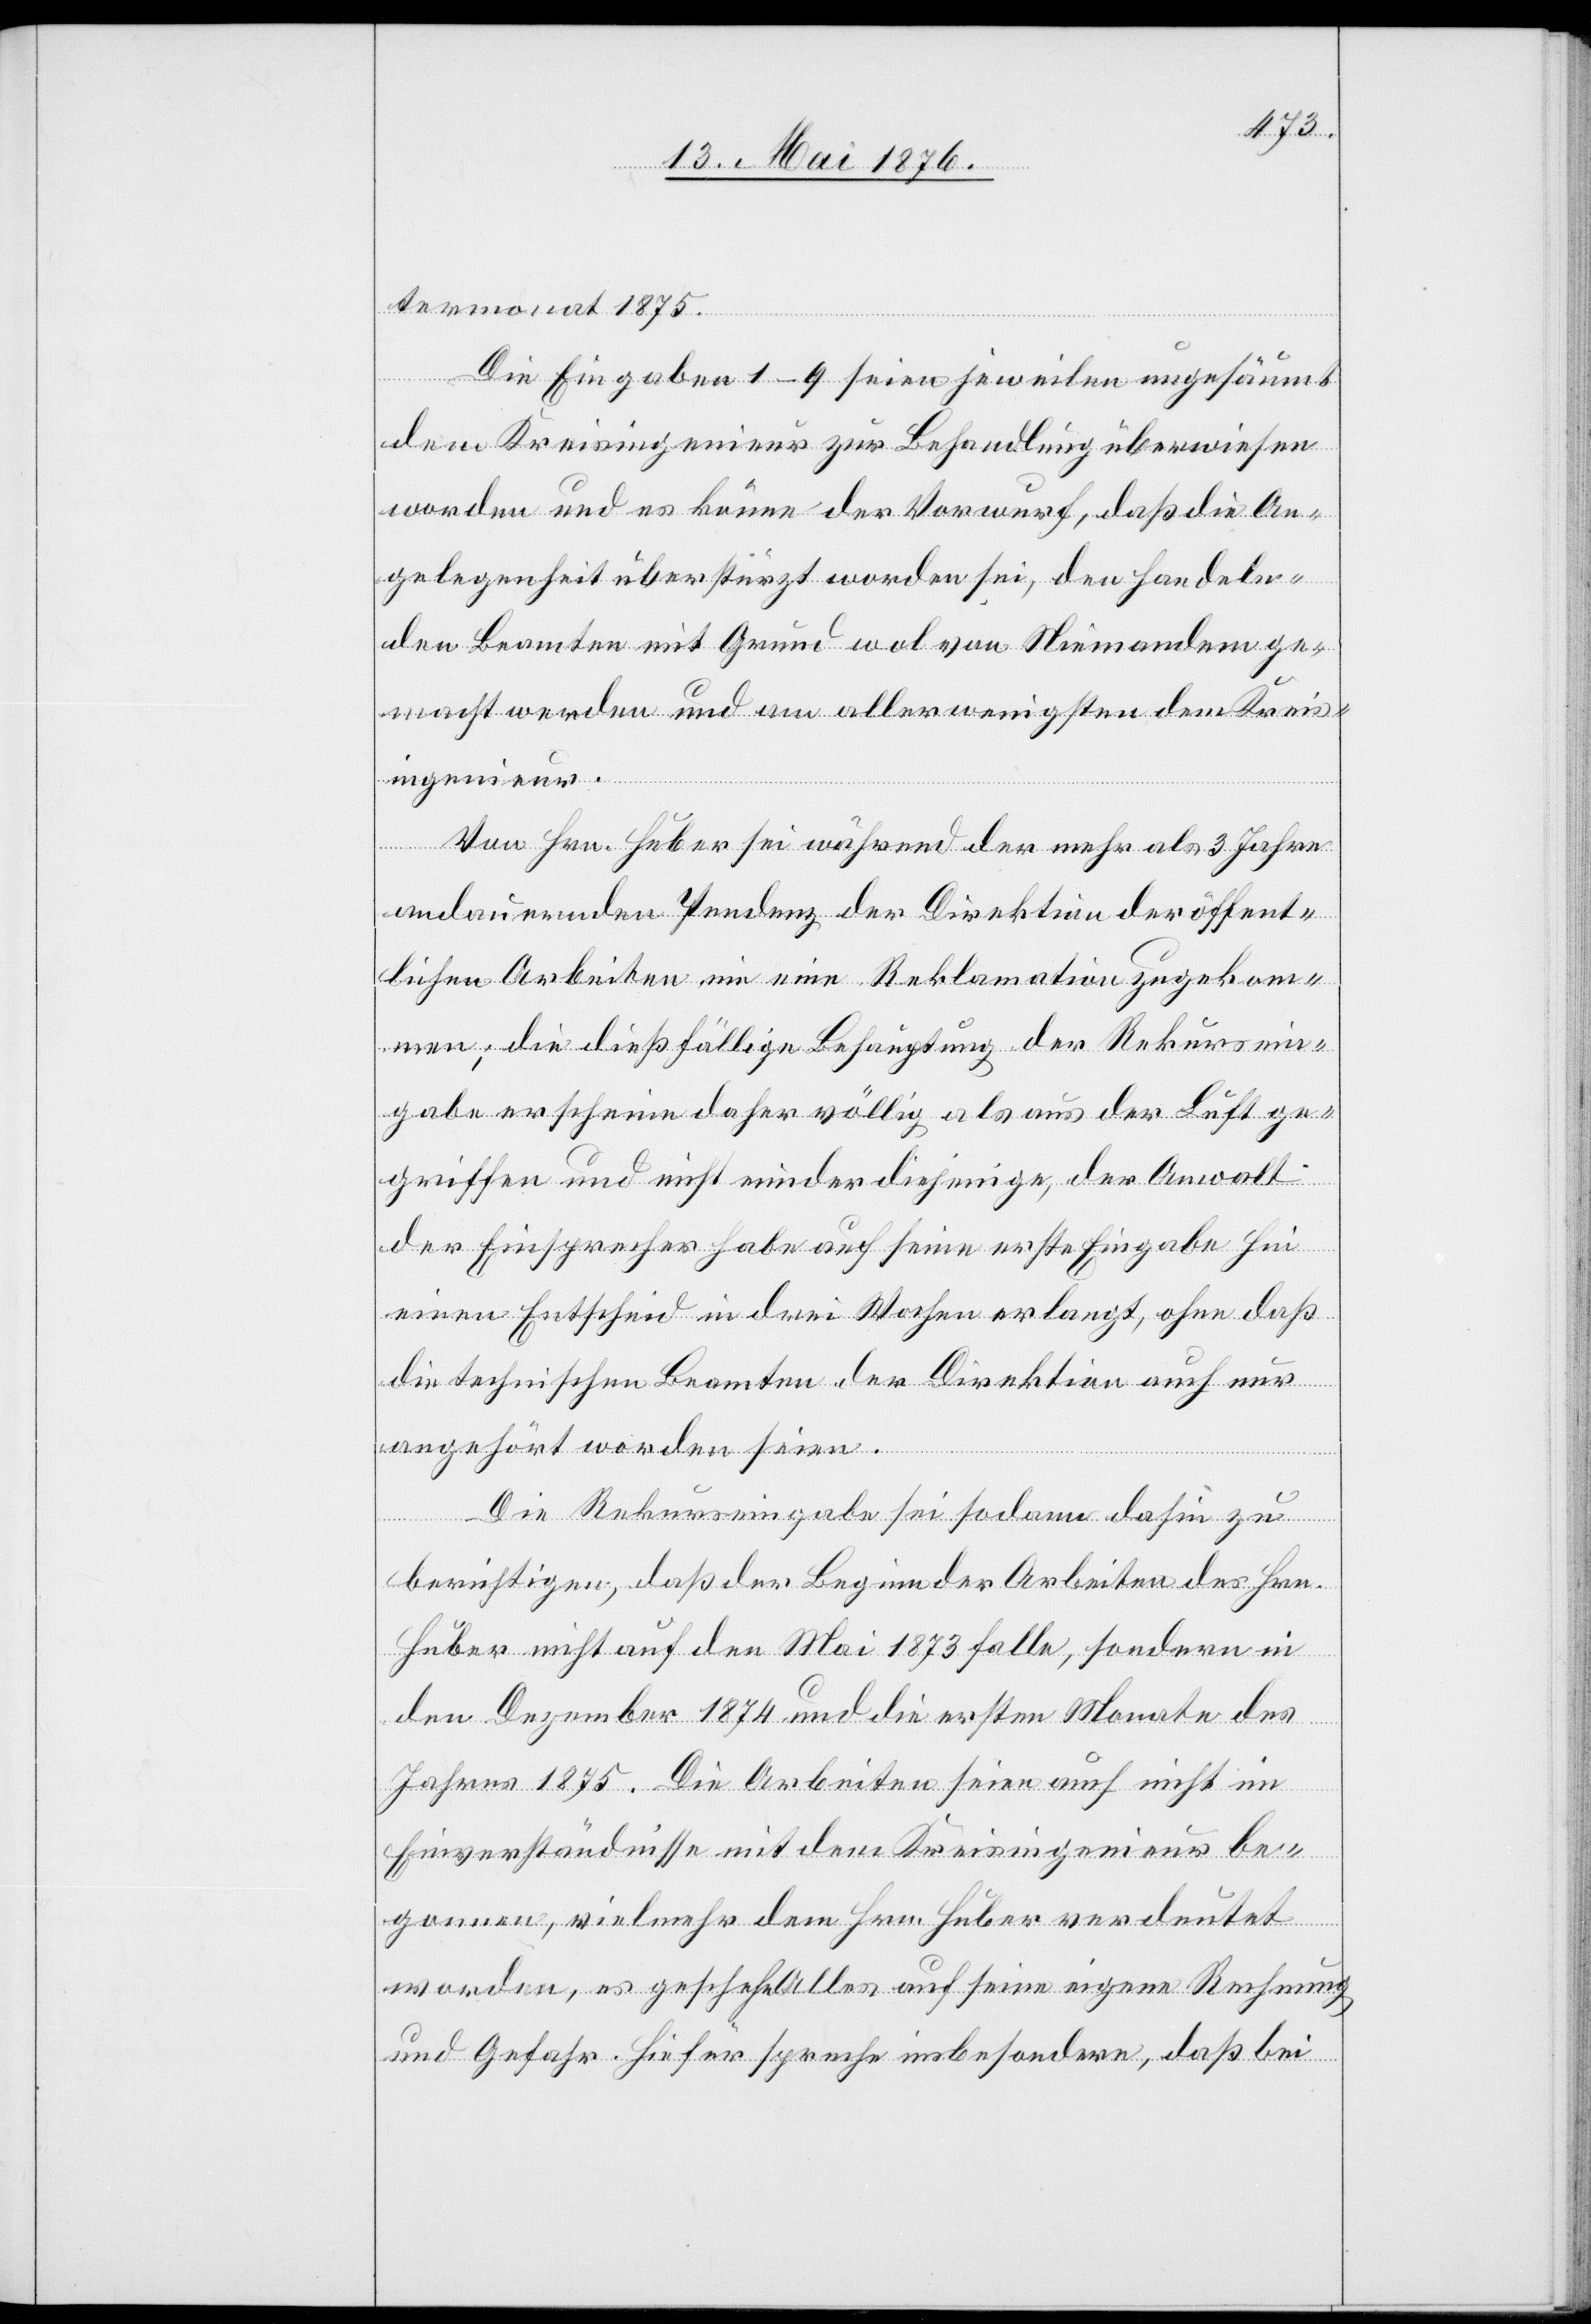
termonat 1875.
Die Eingaben 1–9 seien jeweilen ungesäumt
dem Kreisingenieur zur Behandlung überwiesen
worden und es könne der Vorwurf, daß die An¬
gelegenheit überstürzt worden sei, den handeln¬
den Beamten mit Grund wol von Niemandem ge¬
macht werden und am allerwenigsten dem Kreis¬
ingenieur.
Von Hrn. Huber sei während der mehr als 3 Jahre
andauernden Pendenz der Direktion der öffent¬
lichen Arbeiten nie eine Reklamation zugekom¬
men; die dießfällige Behauptung der Rekursein¬
gabe erscheine daher völlig als aus der Luft ge¬
griffen und nicht minder diejenige, der Anwalt
der Einsprecher habe auf seine erste Eingabe hin
einen Entscheid in drei Wochen erlangt, ohne daß
die technischen Beamten der Direktion auch nur
angehört worden seien.
Die Rekurseingabe sei sodann dahin zu
berichtigen, daß der Beginn der Arbeiten des Hrn.
Huber nicht auf den Mai 1873 falle, sondern in
den Dezember 1874 und die ersten Monate des
Jahres 1875. Die Arbeiten seien auch nicht im
Einverständnisse mit dem Kreisingenieur be¬
gonnen, vielmehr dem Hrn. Huber verdeutet
worden, es geschehe Alles auf seine eigene Rechnung
und Gefahr. Hiefür spreche insbesondere, daß bei